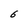
Character: 6